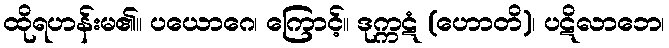
ထိုရဟန်းမ၏။ ပယောဂေ၊ ကြောင့်။ ဒုက္ကဋံ (ဟောတိ)၊ ပဋိလာဘေ၊